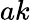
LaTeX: ak